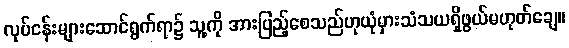
လုပ်ငန်းများဆောင်ရွက်ရာ၌ သူ့ကို အားပြည့်စေသည်ဟုယုံမှားသံသယရှိဖွယ်မဟုတ်ချေ။